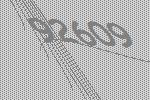
92609